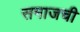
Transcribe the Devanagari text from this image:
समाजची